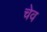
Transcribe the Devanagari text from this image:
चेव